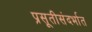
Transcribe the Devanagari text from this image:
प्रसूतीसंदर्भात